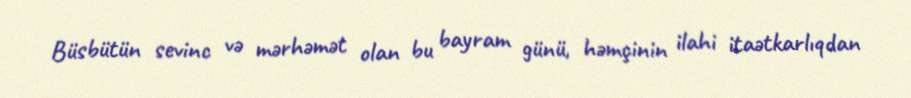
Büsbütün sevinc və mərhəmət olan bu bayram günü, həmçinin ilahi itaətkarlıqdan